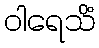
ဝါရေသိံ